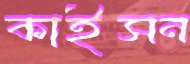
কাইসন